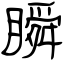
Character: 瞬